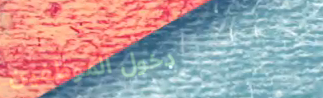
دخول الموظفين